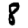
Digit: 8